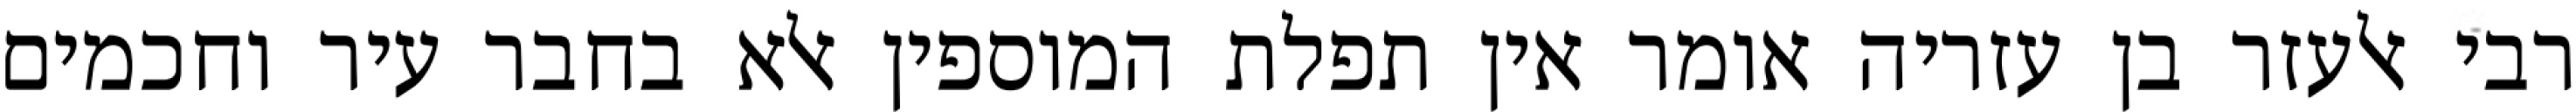
רבי אלעזר בן עזריה אומר אין תפלת המוספין אלא בחבר עיר וחכמים